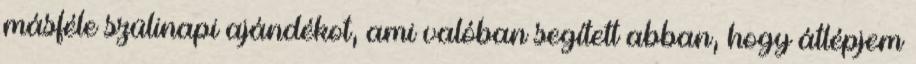
másféle szülinapi ajándékot, ami valóban segített abban, hogy átlépjem